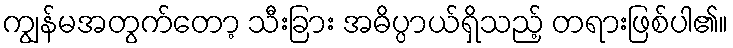
ကျွန်မအတွက်တော့ သီးခြား အဓိပ္ပာယ်ရှိသည့် တရားဖြစ်ပါ၏။